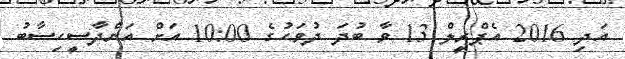
އަދި 2016 އެޕްރީލް 13 ވާ ބުދަ ދުވަހުގެ 10:00 އަށް އަންދާސީހިސާބު